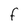
Character: F